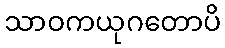
သာဝကယုဂတောပိ